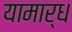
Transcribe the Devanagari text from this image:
यामार्ध